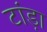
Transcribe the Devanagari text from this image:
टांड़ा